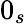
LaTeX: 0_{s}